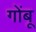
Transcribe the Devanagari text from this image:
गोंबू